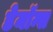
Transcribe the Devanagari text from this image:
डेमॉन्स